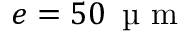
e = 5 0 \, \mathrm { ~ \textmu ~ m ~ }